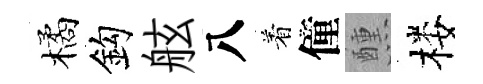
橘鈎舷八着僮醺楼